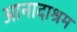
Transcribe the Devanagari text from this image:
आनादाश्रम